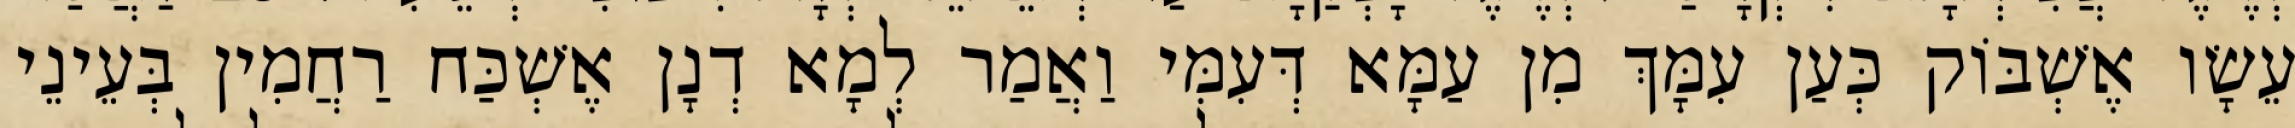
עֵשָׂו אֶשְׁבּוֹק כְּעַן עִמָּךְ מִן עַמָּא דְּעִמִּי וַאֲמַר לְמָא דְנָן אֶשְׁכַּח רַחֲמִין בְּעֵינֵי